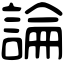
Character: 論